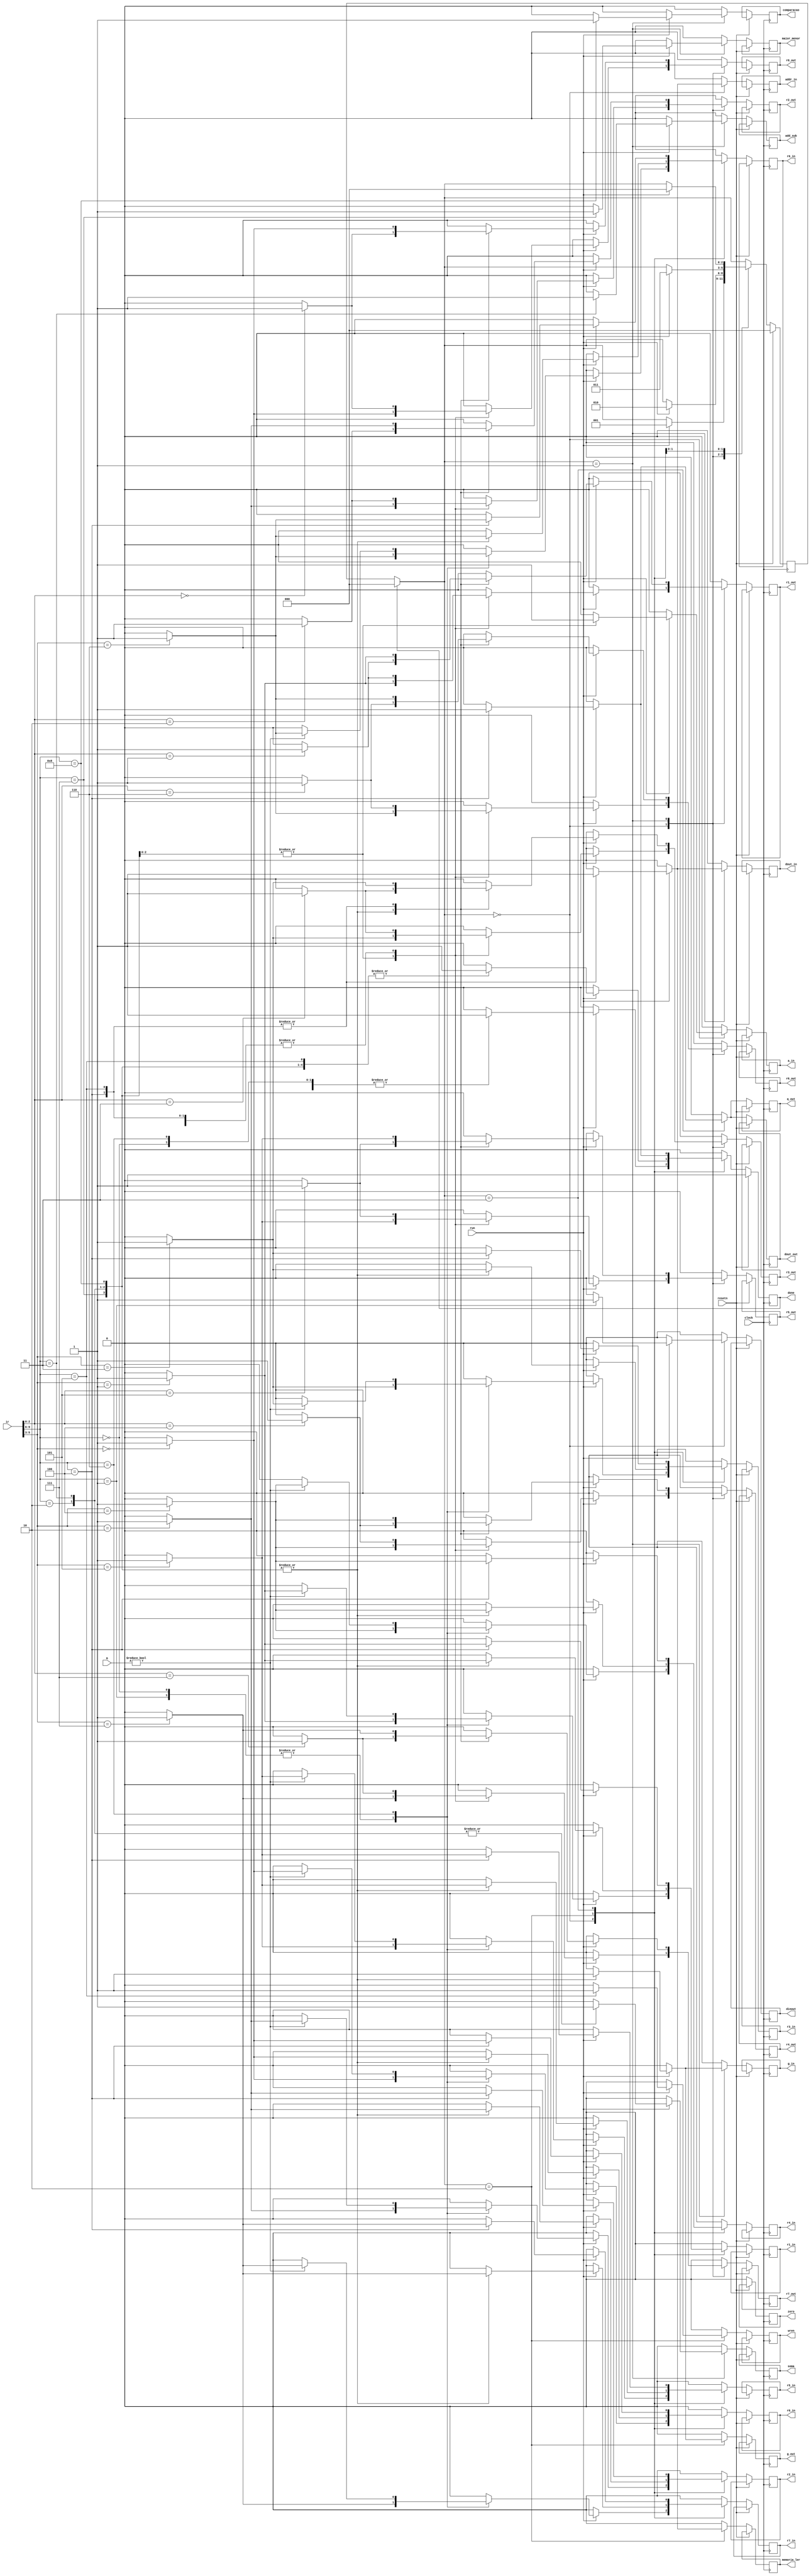
module controle(clock,ir,run, resetn, G, r0_in, r1_in, r2_in, r3_in, r4_in, r5_in, r6_in, add_sub, dinout, g_out,
					r7_in, r0_out, r1_out, r2_out, r3_out, r4_out, r5_out, r6_out, r7_out, a_in, g_in,
				   soma, zero, maior_menor, comparacao, addr_in, dout_in, wren, memoria_ler, q_out, dout_out, done);
//Bloco controle, feito para receber a instruo e mapear os sinais que sero usados nos outros
//modulos
					
	input [9:0]ir; //instrues no formato IIII XXX YYY ou III XXX DDD
	input [15:0]G;
	input run, resetn, clock; //Sinais de entrada
	output reg done, r0_in, r1_in, r2_in, r3_in, r4_in, r5_in, r6_in,
			r7_in, r0_out, r1_out, r2_out, r3_out, r4_out, r5_out, r6_out, r7_out,
			a_in, g_in, add_sub, soma, zero, maior_menor, comparacao, addr_in, 
			dout_in, dout_out, wren, memoria_ler, dinout, q_out, g_out; //sinais de controle 
	
	reg [2:0] Tstate; //estado
	reg [3:0] Instrucion; //instrues
	
	initial begin
		Tstate = 3'b000;
		Instrucion = ir[9:6];
	end
	parameter MV = 4'b0000, MVI = 4'b0001, ADD = 4'b0010, SUB = 4'b0011, LD = 4'b0100, ST = 4'b0101, 
				 MVNZ = 4'b0110, SLT = 4'b0111, CMP = 4'b1000, PUSH = 4'b1001, POP = 4'b1010;
	parameter T0 = 3'b000, T1 = 3'b001, T2 = 3'b010, T3 = 3'b011, T4 = 3'b100, T5 = 3'b101;		
	
	always@(posedge clock) begin
		if(done) begin //volta pra T0
			done <= 1'b0;
			Tstate = T0;
		end
		if(resetn) begin
			done <= 1'b1;
			Tstate = T0;
		end
		else begin //zerando sinais
			g_out <= 1'b0;
			dinout <= 1'b0;
			add_sub <= 1'b0;
			r0_out <= 1'b0;
			r1_out <= 1'b0;
			r2_out <= 1'b0;
			r3_out <= 1'b0;
			r4_out <= 1'b0;
			r5_out <= 1'b0;
			r6_out <= 1'b0;
			r7_out <= 1'b0;
			r0_in <= 1'b0;
			r1_in <= 1'b0;
			r2_in <= 1'b0;
			r3_in <= 1'b0;
			r4_in <= 1'b0;
			r5_in <= 1'b0;
			r6_in <= 1'b0;
			r7_in <= 1'b0;
			a_in <= 1'b0;
			g_in <= 1'b0;
			soma <= 1'b0;
			zero <= 1'b0;
			maior_menor <= 1'b0; 
			comparacao <= 1'b0;
			addr_in <= 1'b0;
			dout_in <= 1'b0;
			memoria_ler <= 1'b0;
			wren <= 1'b0;
			dout_out <= 1'b0;
			q_out <= 1'b0;
		case(Tstate)
			T0: if(run) begin
				case (ir[9:6])
					MV: begin//RYout RXin DONE
						case (ir[2:0]) // ir = III XXX YYY
							3'b000: r0_out <= 1'b1;
							3'b001: r1_out <= 1'b1;
							3'b010: r2_out <= 1'b1;
							3'b011: r3_out <= 1'b1;
							3'b100: r4_out <= 1'b1;
							3'b101: r5_out <= 1'b1;
							3'b110: r6_out <= 1'b1;
							3'b111: r7_out <= 1'b1;
						endcase
						case (ir[5:3]) // ir = III XXX YYY
							3'b000: r0_in <= 1'b1;
							3'b001: r1_in <= 1'b1;
							3'b010: r2_in <= 1'b1;
							3'b011: r3_in <= 1'b1;
							3'b100: r4_in <= 1'b1;
							3'b101: r5_in <= 1'b1;
							3'b110: r6_in <= 1'b1;
							3'b111: r7_in <= 1'b1;
						endcase
						done <= 1'b1;
					end
					MVI: begin //DINout RXin DONE
						dinout <= 1'b1;
						case (ir[5:3]) // ir = III XXX YYY
							3'b000: r0_in <= 1'b1;
							3'b001: r1_in <= 1'b1;
							3'b010: r2_in <= 1'b1;
							3'b011: r3_in <= 1'b1;
							3'b100: r4_in <= 1'b1;
							3'b101: r5_in <= 1'b1;
							3'b110: r6_in <= 1'b1;
							3'b111: r7_in <= 1'b1;
						endcase
						done <= 1'b1;
					end
					ADD: begin//RXin Ain 
						a_in <= 1'b1;
						case (ir[5:3]) // ir = III XXX YYY
							3'b000: r0_out <= 1'b1;
							3'b001: r1_out <= 1'b1;
							3'b010: r2_out <= 1'b1;
							3'b011: r3_out <= 1'b1;
							3'b100: r4_out <= 1'b1;
							3'b101: r5_out <= 1'b1;
							3'b110: r6_out <= 1'b1;
							3'b111: r7_out <= 1'b1;
						endcase
					end
					SUB: begin //RXin Ain 
						a_in <= 1'b1;
						case (ir[5:3]) // ir = III XXX YYY
							3'b000: r0_out <= 1'b1;
							3'b001: r1_out <= 1'b1;
							3'b010: r2_out <= 1'b1;
							3'b011: r3_out <= 1'b1;
							3'b100: r4_out <= 1'b1;
							3'b101: r5_out <= 1'b1;
							3'b110: r6_out <= 1'b1;
							3'b111: r7_out <= 1'b1;
						endcase
					end
					MVNZ: begin //RXout Rxin
						if(G != 16'b0000000000000000) begin
							case (ir[5:3]) // ir = III XXX YYY
								3'b000: r0_in <= 1'b1;
								3'b001: r1_in <= 1'b1;
								3'b010: r2_in <= 1'b1;
								3'b011: r3_in <= 1'b1;
								3'b100: r4_in <= 1'b1;
								3'b101: r5_in <= 1'b1;
								3'b110: r6_in <= 1'b1;
								3'b111: r7_in <= 1'b1;
							endcase
							done <= 1'b1;
						end else begin
							done <= 1'b1;
						end
						case (ir[2:0]) // ir = III XXX YYY
							3'b000: r0_out <= 1'b1;
							3'b001: r1_out <= 1'b1;
							3'b010: r2_out <= 1'b1;
							3'b011: r3_out <= 1'b1;
							3'b100: r4_out <= 1'b1;
							3'b101: r5_out <= 1'b1;
							3'b110: r6_out <= 1'b1;
							3'b111: r7_out <= 1'b1;
						endcase
					end
					CMP: begin //RXin Ain 
						a_in <= 1'b1;
						case (ir[5:3]) // ir = III XXX YYY
							3'b000: r0_out <= 1'b1;
							3'b001: r1_out <= 1'b1;
							3'b010: r2_out <= 1'b1;
							3'b011: r3_out <= 1'b1;
							3'b100: r4_out <= 1'b1;
							3'b101: r5_out <= 1'b1;
							3'b110: r6_out <= 1'b1;
							3'b111: r7_out <= 1'b1;
						endcase
					end
					LD: begin //RYout Addrin 
						addr_in <= 1'b1;
						case (ir[2:0]) // ir = III XXX YYY
							3'b000: r0_out <= 1'b1;
							3'b001: r1_out <= 1'b1;
							3'b010: r2_out <= 1'b1;
							3'b011: r3_out <= 1'b1;
							3'b100: r4_out <= 1'b1;
							3'b101: r5_out <= 1'b1;
							3'b110: r6_out <= 1'b1;
							3'b111: r7_out <= 1'b1;
						endcase
					end
					ST: begin //RYout Addrin 
						addr_in <= 1'b1;
						case (ir[2:0]) // ir = III XXX YYY
							3'b000: r0_out <= 1'b1;
							3'b001: r1_out <= 1'b1;
							3'b010: r2_out <= 1'b1;
							3'b011: r3_out <= 1'b1;
							3'b100: r4_out <= 1'b1;
							3'b101: r5_out <= 1'b1;
							3'b110: r6_out <= 1'b1;
							3'b111: r7_out <= 1'b1;
						endcase
					end
				endcase
				Tstate = T1;
			end
	
			T1: if(run) begin
				case (ir[9:6])
					ADD: begin//RYout Gin
						g_in <= 1'b1;
						soma <= 1'b1;
						case (ir[2:0]) // ir = III XXX YYY
							3'b000: r0_out <= 1'b1;
							3'b001: r1_out <= 1'b1;
							3'b010: r2_out <= 1'b1;
							3'b011: r3_out <= 1'b1;
							3'b100: r4_out <= 1'b1;
							3'b101: r5_out <= 1'b1;
							3'b110: r6_out <= 1'b1;
							3'b111: r7_out <= 1'b1;
						endcase
					end
					SUB: begin //RYout Gin AddSub
						g_in <= 1'b1;
						soma <= 1'b1;
						add_sub <= 1'b1;
						case (ir[2:0]) // ir = III XXX YYY
							3'b000: r0_out <= 1'b1;
							3'b001: r1_out <= 1'b1;
							3'b010: r2_out <= 1'b1;
							3'b011: r3_out <= 1'b1;
							3'b100: r4_out <= 1'b1;
							3'b101: r5_out <= 1'b1;
							3'b110: r6_out <= 1'b1;
							3'b111: r7_out <= 1'b1;
						endcase
					end
					SLT: begin //RYout Gin maior_menor
						g_in <= 1'b1;
						maior_menor <= 1'b1;
						case (ir[2:0]) // ir = III XXX YYY
							3'b000: r0_out <= 1'b1;
							3'b001: r1_out <= 1'b1;
							3'b010: r2_out <= 1'b1;
							3'b011: r3_out <= 1'b1;
							3'b100: r4_out <= 1'b1;
							3'b101: r5_out <= 1'b1;
							3'b110: r6_out <= 1'b1;
							3'b111: r7_out <= 1'b1;
						endcase
					end
					CMP: begin //RYout Gin comparacao
						g_in <= 1'b1;
						comparacao <= 1'b1;
						case (ir[2:0]) // ir = III XXX YYY
							3'b000: r0_out <= 1'b1;
							3'b001: r1_out <= 1'b1;
							3'b010: r2_out <= 1'b1;
							3'b011: r3_out <= 1'b1;
							3'b100: r4_out <= 1'b1;
							3'b101: r5_out <= 1'b1;
							3'b110: r6_out <= 1'b1;
							3'b111: r7_out <= 1'b1;
						endcase
					end
					LD: begin //RXout Doutin
						dout_in <= 1'b1;
						case (ir[5:3]) // ir = III XXX YYY
							3'b000: r0_out <= 1'b1;
							3'b001: r1_out <= 1'b1;
							3'b010: r2_out <= 1'b1;
							3'b011: r3_out <= 1'b1;
							3'b100: r4_out <= 1'b1;
							3'b101: r5_out <= 1'b1;
							3'b110: r6_out <= 1'b1;
							3'b111: r7_out <= 1'b1;
						endcase
					end
					ST: begin //RXout Doutin
						dout_in <= 1'b1;
						case (ir[5:3]) // ir = III XXX YYY
							3'b000: r0_out <= 1'b1;
							3'b001: r1_out <= 1'b1;
							3'b010: r2_out <= 1'b1;
							3'b011: r3_out <= 1'b1;
							3'b100: r4_out <= 1'b1;
							3'b101: r5_out <= 1'b1;
							3'b110: r6_out <= 1'b1;
							3'b111: r7_out <= 1'b1;
						endcase
					end
				endcase
				Tstate = T2;
			end
			T2: if(run) begin
				case (ir[9:6])
					ADD: begin //Gout RXin DONE
						g_out <= 1'b1;
						case (ir[5:3]) // ir = III XXX YYY
							3'b000: r0_in <= 1'b1;
							3'b001: r1_in <= 1'b1;
							3'b010: r2_in <= 1'b1;
							3'b011: r3_in <= 1'b1;
							3'b100: r4_in <= 1'b1;
							3'b101: r5_in <= 1'b1;
							3'b110: r6_in <= 1'b1;
							3'b111: r7_in <= 1'b1;
						endcase
						done <= 1'b1;
					end
					SUB: begin //Gout RXin DONE
						g_out <= 1'b1;
						case (ir[5:3]) // ir = III XXX YYY
							3'b000: r0_in <= 1'b1;
							3'b001: r1_in <= 1'b1;
							3'b010: r2_in <= 1'b1;
							3'b011: r3_in <= 1'b1;
							3'b100: r4_in <= 1'b1;
							3'b101: r5_in <= 1'b1;
							3'b110: r6_in <= 1'b1;
							3'b111: r7_in <= 1'b1;
						endcase
						done <= 1'b1;
					end
					SLT: begin //Gout RXin DONE
						g_out <= 1'b1;
						case (ir[5:3]) // ir = III XXX YYY
							3'b000: r0_in <= 1'b1;
							3'b001: r1_in <= 1'b1;
							3'b010: r2_in <= 1'b1;
							3'b011: r3_in <= 1'b1;
							3'b100: r4_in <= 1'b1;
							3'b101: r5_in <= 1'b1;
							3'b110: r6_in <= 1'b1;
							3'b111: r7_in <= 1'b1;
						endcase
						done <= 1'b1;
					end
					CMP: begin //Gout RXin DONE
						g_out <= 1'b1;
						case (ir[5:3]) // ir = III XXX YYY
							3'b000: r0_in <= 1'b1;
							3'b001: r1_in <= 1'b1;
							3'b010: r2_in <= 1'b1;
							3'b011: r3_in <= 1'b1;
							3'b100: r4_in <= 1'b1;
							3'b101: r5_in <= 1'b1;
							3'b110: r6_in <= 1'b1;
							3'b111: r7_in <= 1'b1;
						endcase
						done <= 1'b1;
					end
					LD: begin //memoria
						memoria_ler <= 1'b1;
					end
					ST: begin //memoria wren
						memoria_ler <= 1'b1;
						wren <= 1'b1;
						done <= 1'b1;
					end
				endcase
				Tstate = T3;
			end
			T3: if(run) begin
				case (ir[9:6])
					LD: begin //dout RXin DONE
						q_out <= 1'b1;
						dout_out <= 1'b1; 
						case (ir[5:3]) // ir = III XXX YYY
							3'b000: r0_in <= 1'b1;
							3'b001: r1_in <= 1'b1;
							3'b010: r2_in <= 1'b1;
							3'b011: r3_in <= 1'b1;
							3'b100: r4_in <= 1'b1;
							3'b101: r5_in <= 1'b1;
							3'b110: r6_in <= 1'b1;
							3'b111: r7_in <= 1'b1;
						endcase
						done <= 1'b1;
					end
				endcase
				Tstate <= T0;
			end
		endcase
	end
	end
endmodule